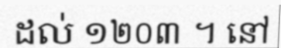
ដល់ ១២០៣ ។ នៅ